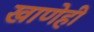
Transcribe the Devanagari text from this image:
खाणेही